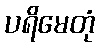
ပရိမေတုံ